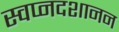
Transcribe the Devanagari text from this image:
स्वप्नदशानन